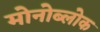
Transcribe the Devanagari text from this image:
मोनोब्लोक